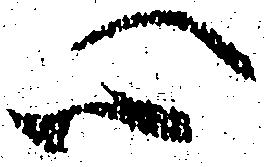
心